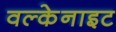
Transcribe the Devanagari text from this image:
वल्केनाइट